Report on vaccination in Madras 1922-1929 - 1922-1929
Year: 1922
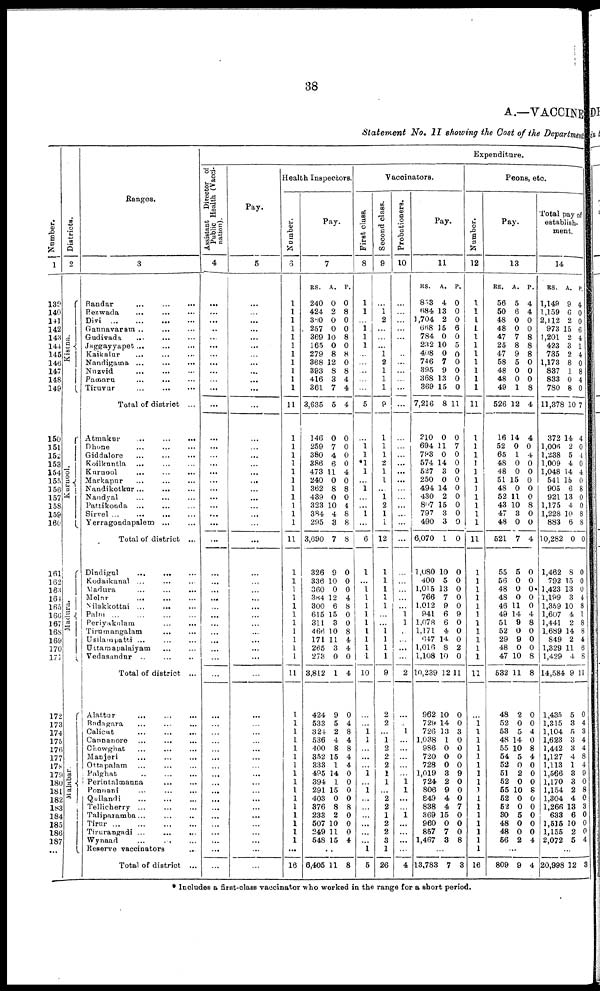
38
A.—VACCINE
Statement No. II showing the Cost of the Department
Number.
1
139
140
141
142
143
144
145
146
147
148
149
150
151
152
153
154
155
156
157
158
159
160
161
162
163
164
165
166
167
168
169
170
171
172
173
174
175
176
177
178
179
180
181
182
183
184
185
186
187
...
Districts.
2
Kistna.
Kurnool.
Madura.
Malabar.
Ranges.
3
Bandar
...
...
...
Bezwada
...
...
...
Divi
...
...
...
...
Gannavaram ..
...
...
Gudivada ... ... ...
Jaggayyapet
...
...
...
Kaikalur ... ... ...
Nandigama ...
...
...
Nuzvid ... ... ...
Pamaru
...
... ...
Tiruvur
...
...
...
Total of district ...
Atmakur
...
...
...
Dhone ... ... ...
Giddalore
...
...
...
Koilkuntla
... ... ...
Kurnool
... ... ...
Markapur ... ... ...
Nandikotkur...
... ...
Nandyal
...
...
...
Pattikonda ...
...
...
Sirvel ...
... ... ...
Yerragondapalem ...
Total of district ...
Dindigul
...
... ...
Kodaikanal ... ... ...
Madura ... ... ...
Melur
...
...
...
Nilakkottai ...
...
...
Palni
...
...
...
...
Periyakulam
...
...
Tirumangalam
... ...
Usilampatti ... ... ...
Uttamapalaiyam ... ...
Vedasandur ..
...
...
Total of district ...
Alattur
...
...
...
Badagara ... ... ...
Calicut
...
...
...
Cannanore ... ... ...
Chowghat
...
...
...
Manjeri ... ... ...
Ottapalam ... ... ...
Palghat
...
...
...
Perintalmanna ... ...
Ponnani ... ... ...
Quilandi ... ... ...
Tellicherry ... ... ...
Taliparamba... ... ...
Tirur
...
...
...
...
Tirurangadi ...
...
...
Wynaad
... ... ...
Reserve vaccinators ...
Total of district ...
Expenditure.
Assistant Director of
Public Health (Vacci-
nation).
4
...
...
... ...
...
...
...
...
...
...
...
...
...
...
...
...
...
...
...
...
...
...
...
...
...
...
...
...
...
...
...
...
...
...
...
...
...
...
...
...
...
...
...
...
...
...
...
...
...
...
...
...
...
...
Pay.
5
...
...
...
...
...
...
...
...
...
...
...
...
...
...
...
...
...
...
... ...
...
...
...
...
...
...
...
...
...
...
...
...
...
...
...
...
...
...
...
...
...
...
...
...
...
...
...
...
...
...
...
...
...
...
Health Inspectors.
Number.
3
1
1
1
1
1
1
1
1
1
1
1
11
1
1
1
1
1
1
1
1
1
1
1
11
1
1
1
1
1
1
1
1
1
1
1
11
1
1
1
1
1
1
1
1
1
1
1
1
1
1
1
1
...
16
Pay.
7
RS.
240
424
360
257
369
165
279
368
393
416
361
3,635
146
259
380
386
473
240
362
439
323
384
295
3,690
326
336
360
384
300
615
311
466
171
265
273
3,812
424
533
324
536
400
352
333
495
394
291
403
376
233
507
249
548
A.
0
2
0
0
10
0
8
12
8
3
7
5
0
7
4
6
11
0
8
0
10
4
3
7
9
10
0
12
6
15
3
10
11
3
0
1
9
5
2
4
8
15
1
14
1
15
0
8
2
10
11
15
P.
0
8
0
0
8
0
8
0
8
4
4
4
0
0
0
0
4
0
8
0
4
8
8
8
0
0
0
4
8
0
0
8
4
4
0
4
0
4
8
4
8
4
4
0
0
0
0
8
0
0
0
4
...
6,405 11 8
Vaccinators.
First class.
8
1
1
...
1
1
1
...
...
...
...
...
5
...
1
1
*1
1
...
1
...
... 1
...
6
1
... 1
1
1
1
1
1
1
1
1
10
...
... 1
1
...
...
...
1
... 1
...
...
...
...
...
...
1
5
Second class.
9
...
1 2
...
...
...
1
2
1
1
1
9
1
1
1
2
1
1
... 1
2
1
1
12
1
1
1
1
1
...
...
1 1
1
1
9
2
2
...
1 2
2
2
1
1
... 2
2
1
2
2
3
1
26
Probationers.
10
...
...
...
...
...
...
...
...
...
...
...
...
...
...
...
...
...
...
...
...
...
...
...
...
...
...
...
...
...
1
1
...
...
...
...
2
...
...
1
...
...
...
...
...
1
1
...
...
1
...
...
...
...
4
Pay.
11
RS.
853
684
1,704
668
784
232
408
746
395
368
369
7,216
210
694
793
574
527
250
494
430
807
797
490
6,070
1,080
400
1,015
766
1,012
941
1,078
1,171
647
1,016
1,108
10,239
962
729
726
1,038
986
720
728
1,019
724
806
849
838
369
960
857
1,467
A.
4
13
2
15
0
10
0
7
9
13
15
8
0
11
0
14
3
0
14
2
15
3
3
1
10
5
13
7
9
6
6
4
14
8
10
12
10
14
13
1
0
0
0
3
2
9
4
4
15
0
7
3
P.
0
0
0
6
0
5
0
0
0
0
0
11
0
7
0
0
0
0
0
0
0
0
0
0
0
0
0
0
0
9
0
0
0
2
0
11
0
0
3
0
0
0
0
9
0
0
0
7
0
0
0
8
...
13,783 7 3
Peons, etc.
Number.
12
1
1
1
1
1
1
1
1
1
1
1
11
1
1
1
1
1
1
1
1
1
1
1
11
1
1
1
1
1
1
1
1
1
1
1
11
...
1
1
1
1
1
1
1
1
1
1
1
1
1
1
1
1
16
Pay.
13
RS.
56
50
48
48
47
25
47
58
48
48
49
526
16
52
65
48
48
51
48
52
43
47
48
521
55
56
48
48
46
49
51
52
29
48
47
532
48
52
53
48
55
54
52
51
52
55
52
52
30
48
48
56
A.
5
6
0
0
7
8
9
5
0
0
1
12
14
0
1
0
0
15
0
11
10
3
0
7
5
0
0
0
11
14
9
0
9
0
10
11
2
0
5
14
10
5
0
2
0
10
0
0
5
0
0
2
P.
4
4
0
0
8
8
8
0
0
0
8
4
4
0
4
0
0
0
0
0
8
0
0
4
0
0
0
0
0
4
8
0
0
0
8
8
0
0
4
0
8
4
0
0
0
8
0
0
0
0
0
4
...
809 9 4
Total pay of
establish.
ment.
14
RS.
1,149
1,159
2,112
973
1,201
423
735
1,173
837
833
780
11,378
372
1,006
1,238
1,009
1,048
541
905
921
1,175
1,228
883
10,282
1,462
792
1,423
1,199
1,359
1,607
1,441
1,689
849
1,329
1,429
14,584
1,435
1,315
1,104
1,623
1,442
1,127
1,113
1,566
1,170
1,154
1,304
1,266
633
1,515
1,155
2,072
A.
9
6
2
15
2
3
2
8
1
0
8
10
14
2
5
4
14
15
6
13
4
10
6
0
8
15
13
3
10
4
2
14
2
11
4
9
5
3
5
3
3
4
1
3
3
2
4
13
6
10
2
5
P.
4
0
0
6
4
1
4
0
8
4
0
7
4
0
4
0
4
0
8
0
0
8
8
0
0
0
0
4
8
1
8
8
4
6
8
11
0
4
3
4
4
8
4
9
0
8
0
3
0
0
0
4
...
20,998 12 8
* Includes a first-class vaccinator who worked in the range for a short period.